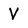
Character: V